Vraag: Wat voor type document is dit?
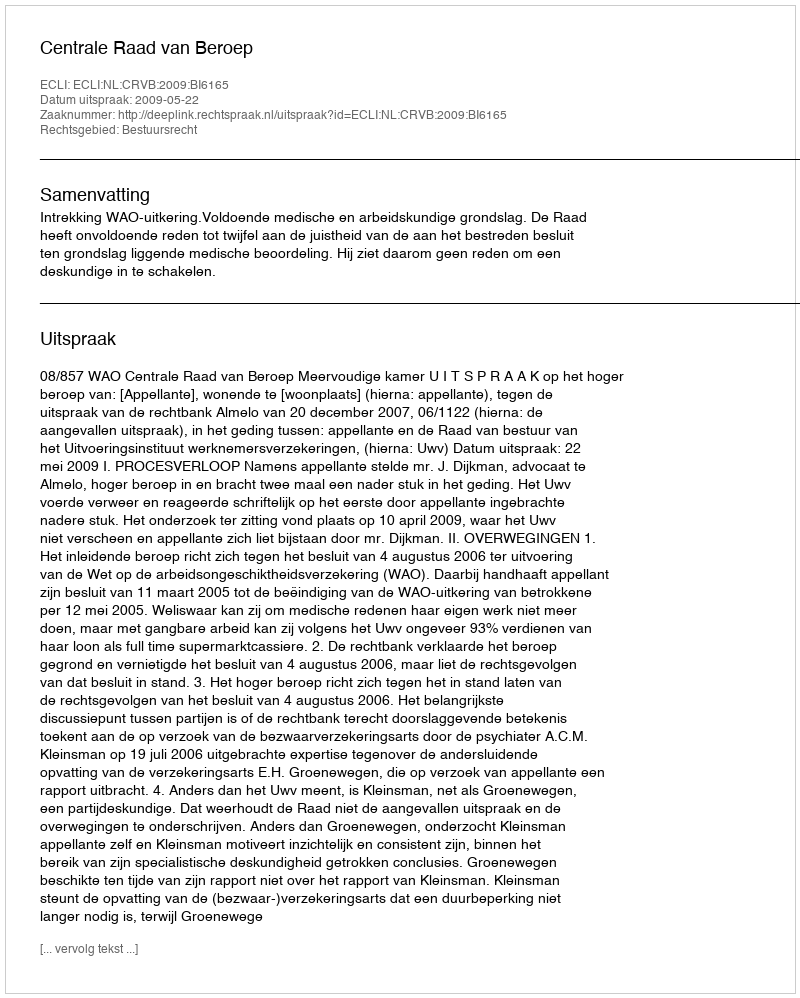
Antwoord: Uitspraak